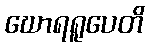
ဃောရရူပေတိ